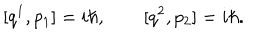
[ q ^ { 1 } , p _ { 1 } ] = i \hbar , \qquad [ q ^ { 2 } , p _ { 2 } ] = i \hbar .